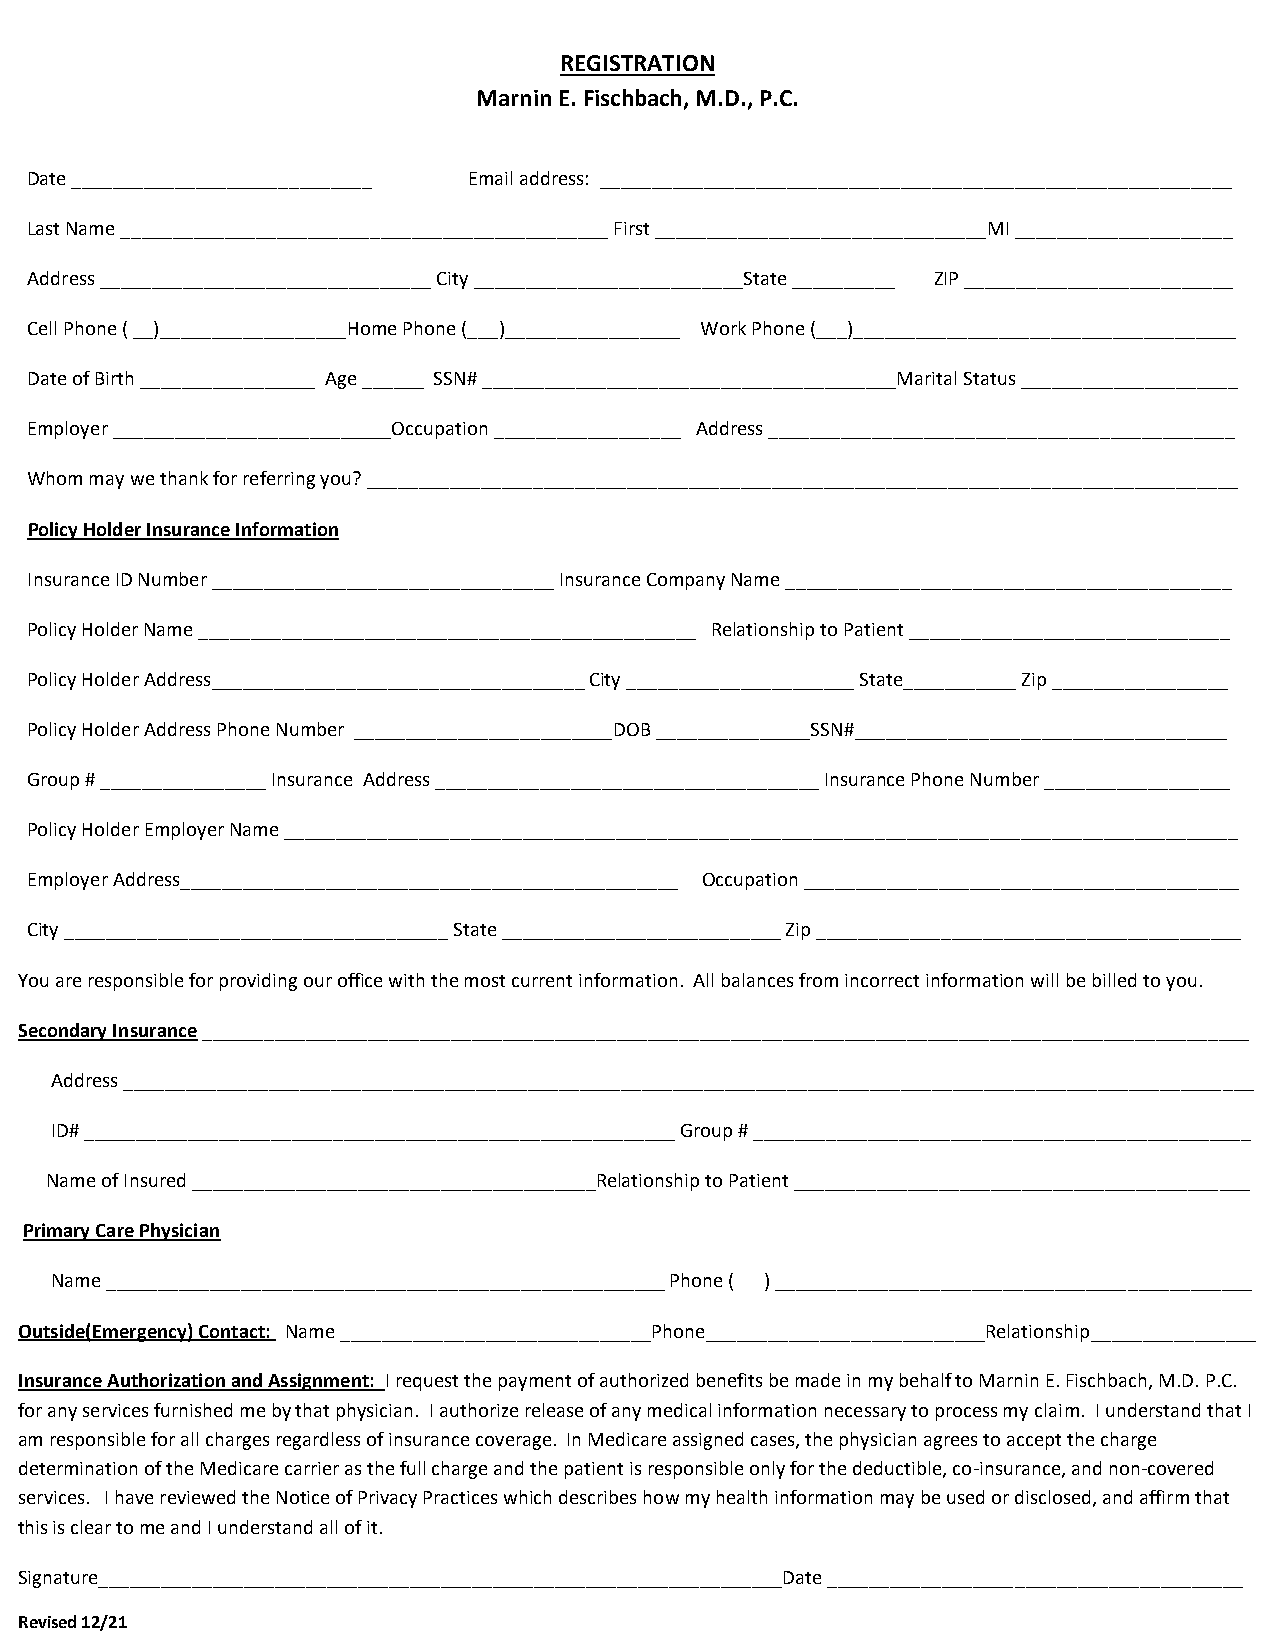
REGISTRATION
 Marnin E. Fischbach, M.D., P.C.
 Date _____________________________ Email address: _____________________________________________________________
 Last Name _______________________________________________ First ________________________________MI _____________________
 Address ________________________________ City __________________________State __________ ZIP __________________________
 Cell Phone ( __)__________________Home Phone (___)_________________ Work Phone (___)_____________________________________
 Date of Birth _________________ Age ______ SSN# ________________________________________Marital Status _____________________
 Employer ___________________________Occupation __________________ Address _____________________________________________
 Whom may we thank for referring you? ____________________________________________________________________________________
 Policy Holder Insurance Information
 Insurance ID Number _________________________________ Insurance Company Name ___________________________________________
 Policy Holder Name ________________________________________________ Relationship to Patient _______________________________
 Policy Holder Address____________________________________ City ______________________ State___________ Zip _________________
 Policy Holder Address Phone Number _________________________DOB _______________SSN#____________________________________
 Group # ________________ Insurance Address _____________________________________ Insurance Phone Number __________________
 Policy Holder Employer Name ____________________________________________________________________________________________
 Employer Address________________________________________________ Occupation __________________________________________
 City _____________________________________ State ___________________________ Zip _________________________________________
 You are responsible for providing our office with the most current information. All balances from incorrect information will be billed to you.
 Secondary Insurance _____________________________________________________________________________________________________
 Address _____________________________________________________________________________________________________________
 ID# _________________________________________________________ Group # ________________________________________________
 Name of Insured _______________________________________Relationship to Patient ____________________________________________
 Primary Care Physician
 Name ______________________________________________________ Phone ( ) ______________________________________________
 Outside(Emergency) Contact: Name ______________________________Phone___________________________Relationship________________
 Insurance Authorization and Assignment: I request the payment of authorized benefits be made in my behalf to Marnin E. Fischbach, M.D. P.C.
 for any services furnished me by that physician. I authorize release of any medical information necessary to process my claim. I understand that I
 am responsible for all charges regardless of insurance coverage. In Medicare assigned cases, the physician agrees to accept the charge
 determination of the Medicare carrier as the full charge and the patient is responsible only for the deductible, co-insurance, and non-covered
 services. I have reviewed the Notice of Privacy Practices which describes how my health information may be used or disclosed, and affirm that
 this is clear to me and I understand all of it.
 Signature__________________________________________________________________Date ________________________________________
 Revised 12/21